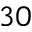
3 0